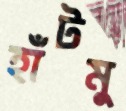
হাঁটমু